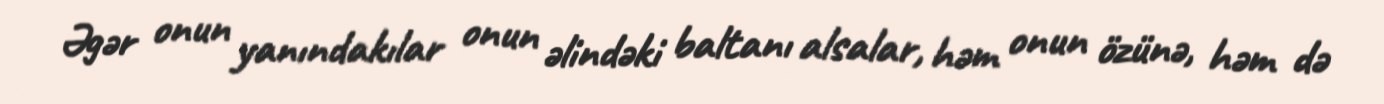
Əgər onun yanındakılar onun əlindəki baltanı alsalar, həm onun özünə, həm də